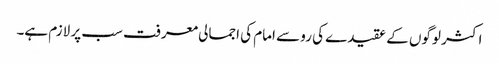
اکثر لوگوں کے عقیدے کی رو سے امام کی اجمالی معرفت سب پر لازم ہے۔